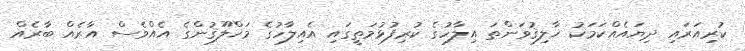
ކުރިއަރައި ދިޔައެއްކަމަކު ޚާލިޤުވަންތަ އިލާހުގެ ކުރިފުޅުމަތީގައި އެއިލާހުގެ މަޚްލޫޤުންގެ އެއްވެސް އާރެއް ބާރެއް